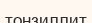
тонзиллит